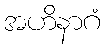
အဟိနာဂံ